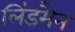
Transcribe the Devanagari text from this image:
लिंडमैन